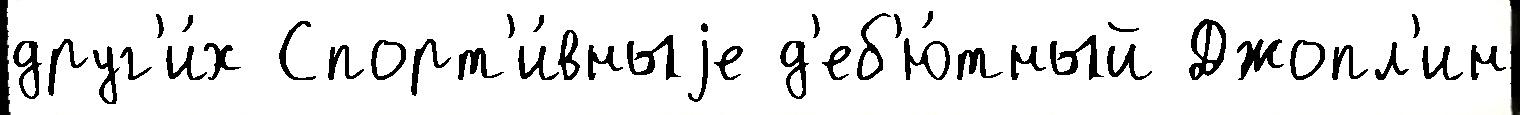
друг'и́х Спорт'и́вныjе д'еб'ю́тный Джопл'ин